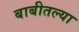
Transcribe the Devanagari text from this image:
बाबीतल्या